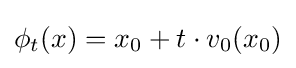
\phi _{t}(x)=x_{0}+t\cdot v_{0}(x_{0})